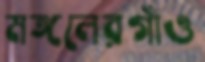
মঙ্গলেরগাঁও